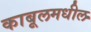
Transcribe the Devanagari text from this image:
काबूलमधील